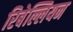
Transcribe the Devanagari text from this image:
रिबेल्लियन